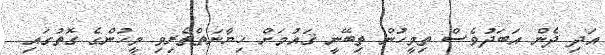
އަދި ދެން އަބަދުވެސް ތިމީހުން ތިބޭނީ ޤައުމަށް ޚިޔާނަތްތެރިވި މީހުންގެ ގޮތުގައި